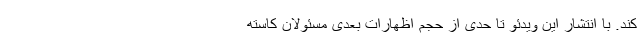
کند. با انتشار این ویدئو تا حدی از حجم اظهارات بعدی مسئولان کاسته